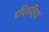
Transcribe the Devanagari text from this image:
दधिवाड़िया